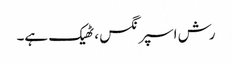
رش اسپرنگس ، ٹھیک ہے۔